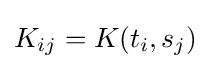
K_{ij}=K(t_{i},s_{j})